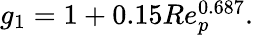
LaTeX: \begin{array}{r}{g_{1}=1+0.15Re_{p}^{0.687}.}\end{array}